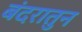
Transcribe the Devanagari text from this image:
बंदरातुन